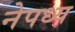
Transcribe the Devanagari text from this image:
नेपध्य